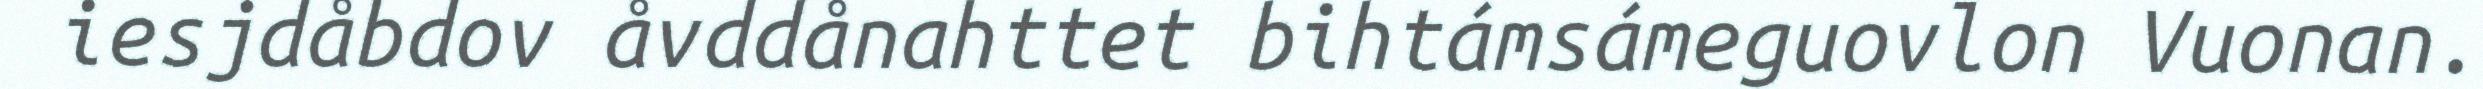
iesjdåbdov åvddånahttet bihtámsámeguovlon Vuonan.